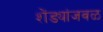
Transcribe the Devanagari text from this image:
शेंड्यांजवळ